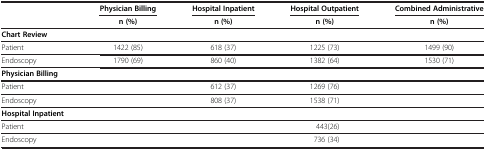
|  | Physician Billing | Hospital Inpatient | Hospital Outpatient | Combined Administrative |
 |  | n (%) | n (%) | n (%) | n (%) |
 | --- | --- | --- | --- | --- |
 | Chart Review |  |  |  |  |
 | Patient | 1422 (85) | 618 (37) | 1225 (73) | 1499 (90) |
 | Endoscopy | 1790 (69) | 860 (40) | 1382 (64) | 1530 (71) |
 | Physician Billing |  |  |  |  |
 | Patient |  | 612 (37) | 1269 (76) |  |
 | Endoscopy |  | 808 (37) | 1538 (71) |  |
 | Hospital Inpatient |  |  |  |  |
 | Patient |  |  | 443(26) |  |
 | Endoscopy |  |  | 736 (34) |  |